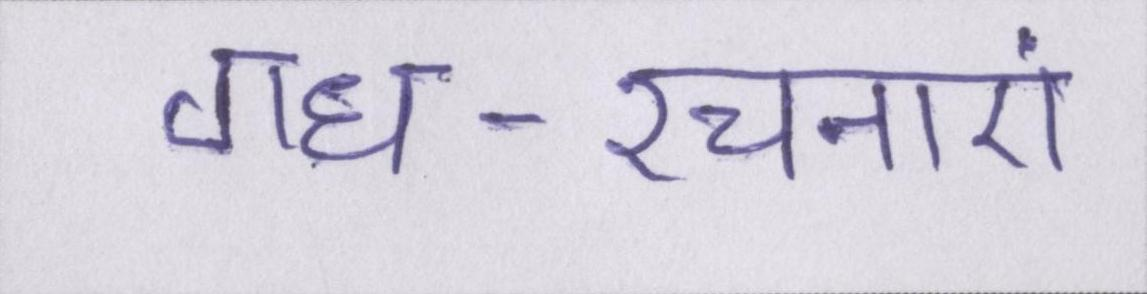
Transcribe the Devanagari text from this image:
गध-रचनाएं